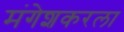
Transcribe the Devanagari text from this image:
मंगेशकरला